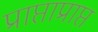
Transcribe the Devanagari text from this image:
प्राप्ताप्राप्त